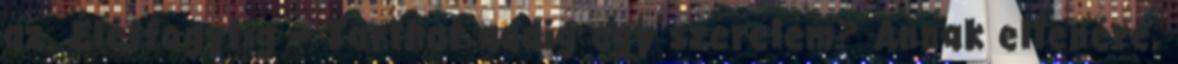
az. Életfogytig – Tarthat addig egy szerelem? Annak ellenére,